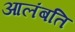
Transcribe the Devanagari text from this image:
आलंबति